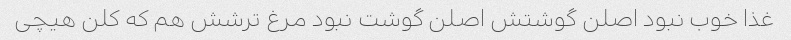
غذا خوب نبود اصلن گوشتش اصلن گوشت نبود مرغ ترشش هم که کلن هیچی